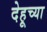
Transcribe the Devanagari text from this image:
देहूच्या